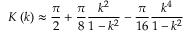
K \left( k \right) \approx { \frac { \pi } { 2 } } + { \frac { \pi } { 8 } } { \frac { k ^ { 2 } } { 1 - k ^ { 2 } } } - { \frac { \pi } { 1 6 } } { \frac { k ^ { 4 } } { 1 - k ^ { 2 } } }